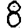
Digit: 8